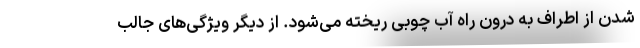
شدن از اطراف به درون راه آب چوبی ریخته می‌شود. از دیگر ویژگی‌های جالب